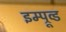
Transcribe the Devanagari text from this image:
इम्प्रूव्ड